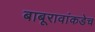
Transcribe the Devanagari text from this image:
बाबूरावांकडेच